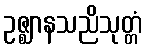
ဥဇ္ဈာနသညိသုတ္တံ